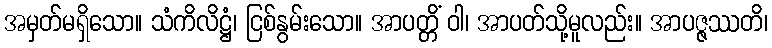
အမှတ်မရှိသော။ သံကိလိဋ္ဌံ၊ ငြစ်နွမ်းသော။ အာပတ္တိံ ဝါ၊ အာပတ်သို့မူလည်း။ အာပဇ္ဇဿတိ၊